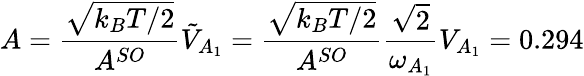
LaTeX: A=\frac{\sqrt{k_{B}T/2}}{A^{SO}}\tilde{V}_{A_{1}}=\frac{\sqrt{k_{B}T/2}}{A^{SO}}\frac{\sqrt{2}}{\omega_{A_{1}}}V_{A_{1}}=0.294